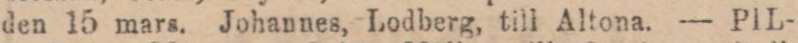
den 15 mars. Johannes, Lodberg, till Altona. — PIL-